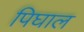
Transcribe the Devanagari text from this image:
पिघाल